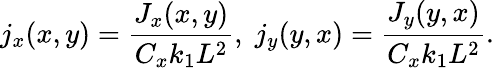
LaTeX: j_{x}(x,y)=\frac{J_{x}(x,y)}{C_{x}k_{1}L^{2}},\; j_{y}(y,x)=\frac{J_{y}(y,x)}{C_{x}k_{1}L^{2}}.